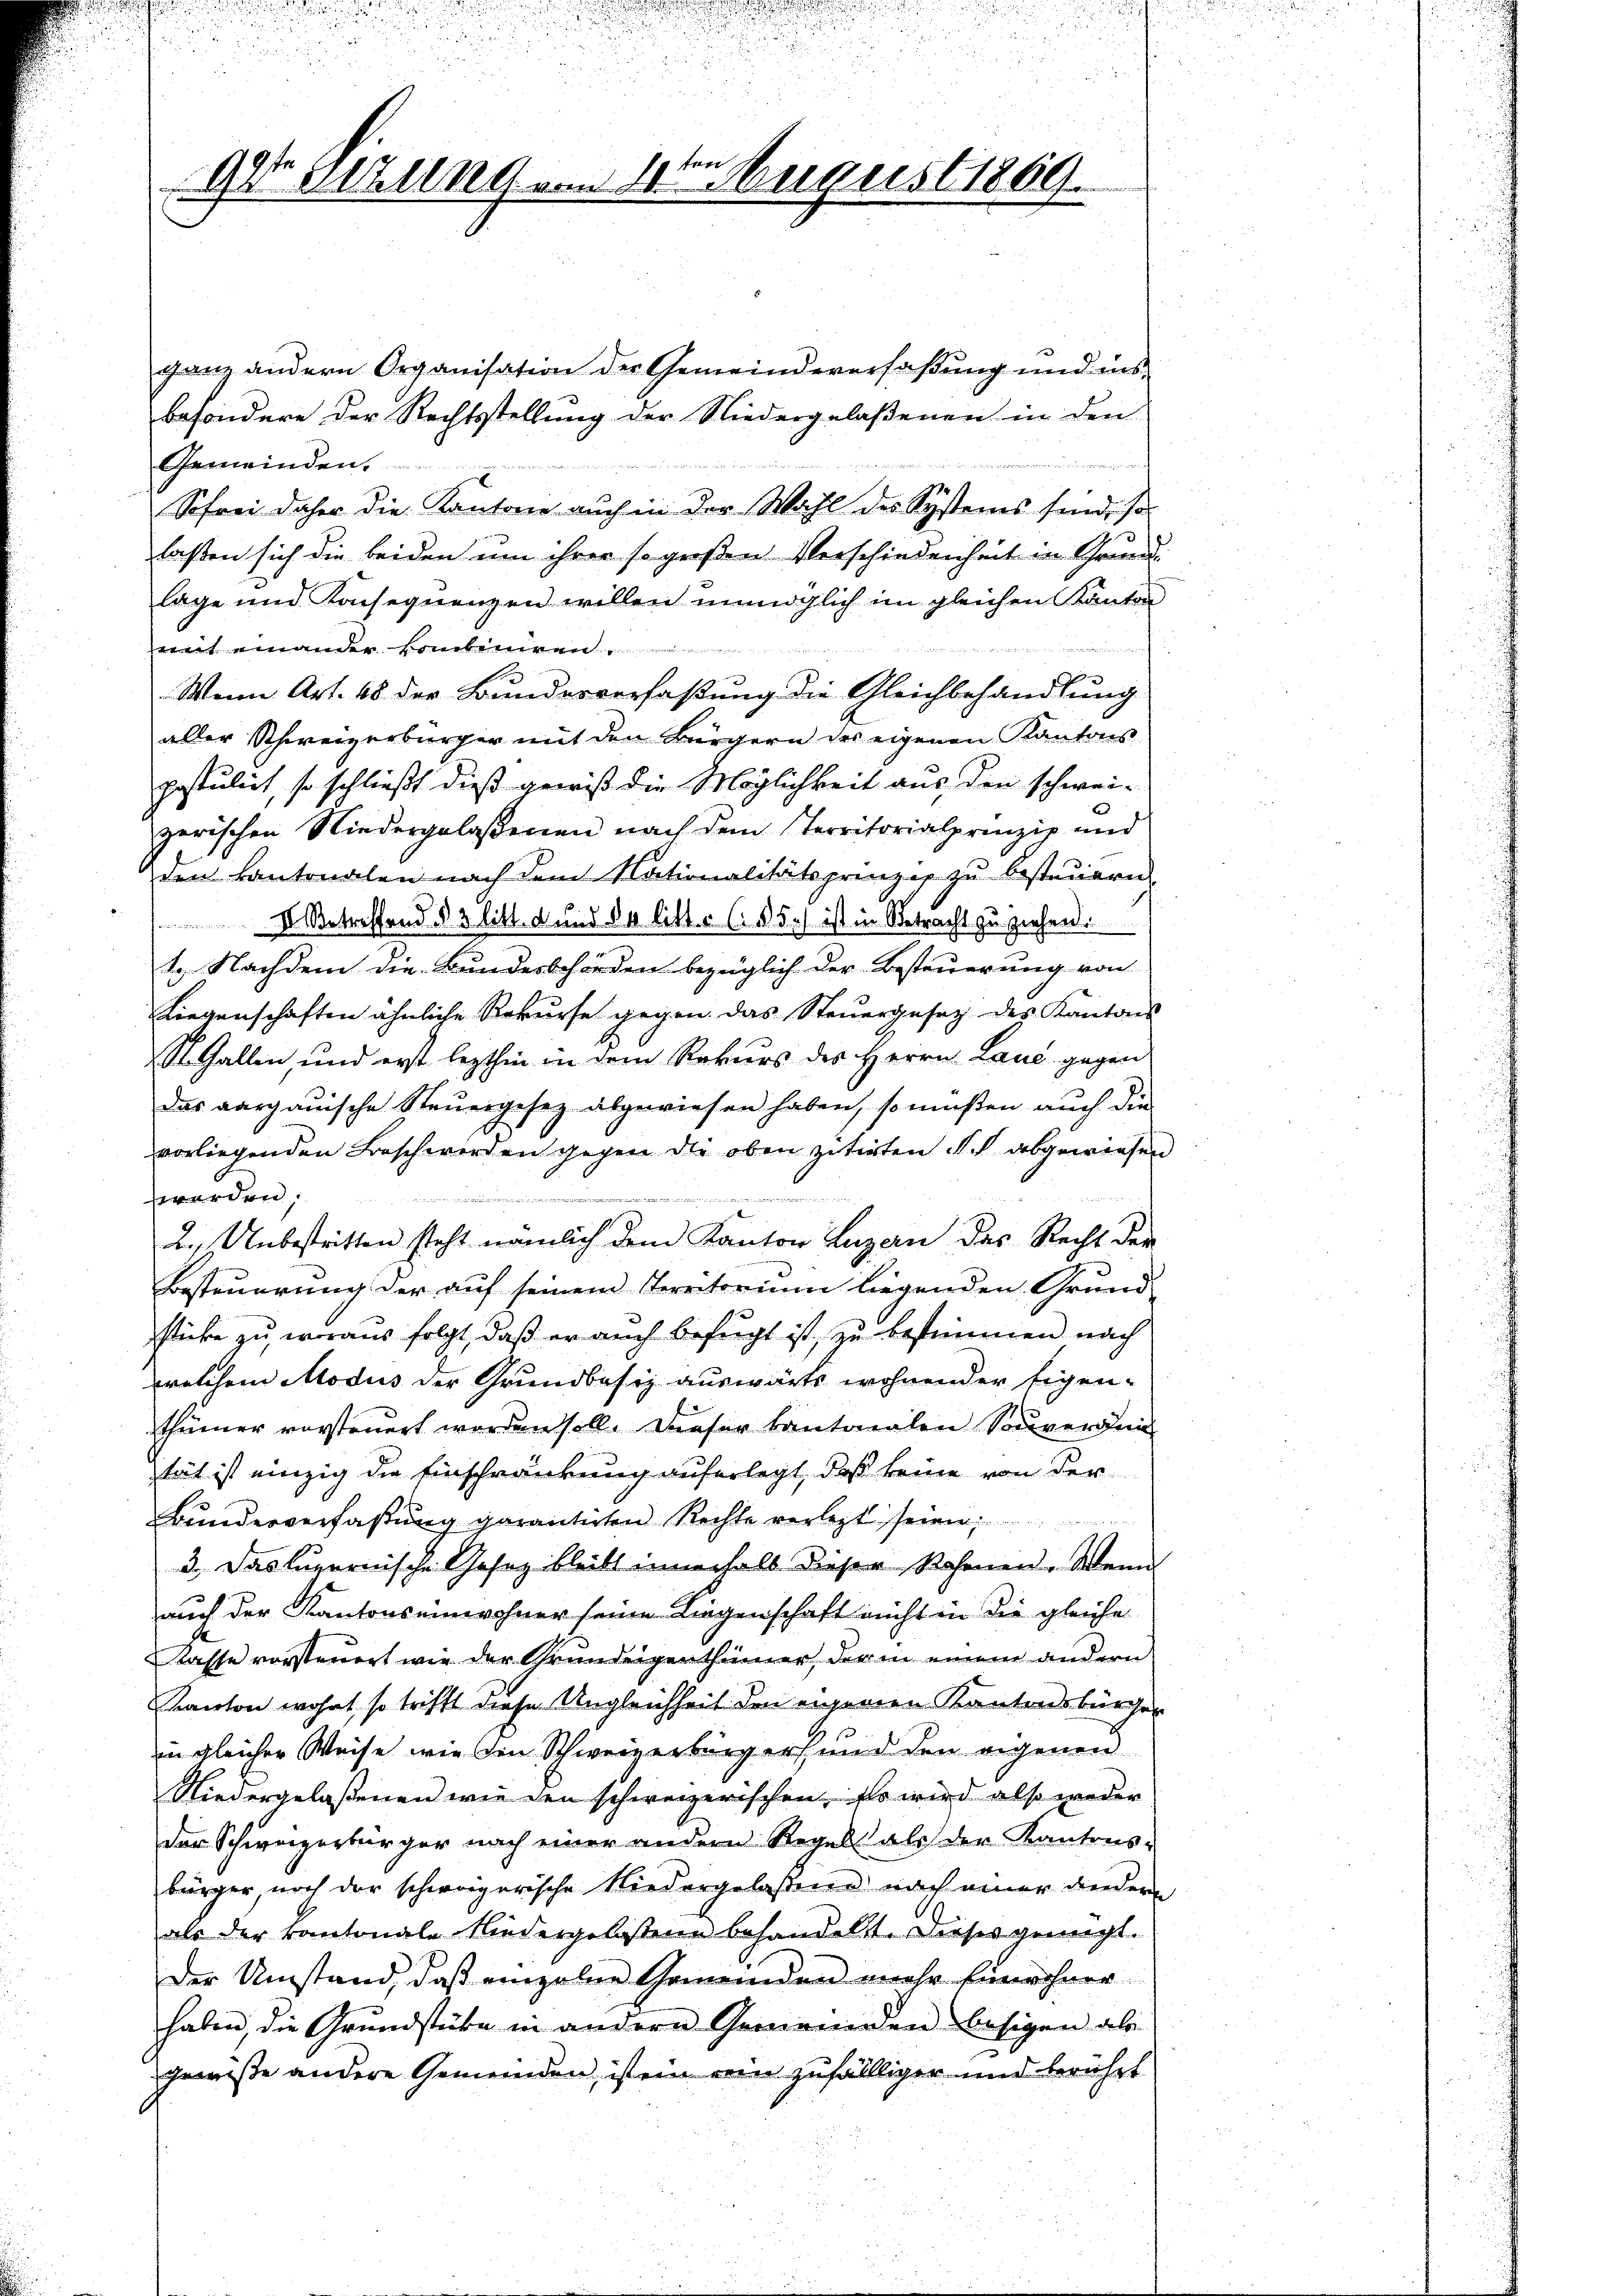
Der Etzung vom 4ten August 1869.

ganz andern Organisation der Gemeindeverfaßung und ins-
besondere der Rechtsstellung der Niedergelaßenen in den
Gemeinden.
Sofrei daher die Kantone auch in der Wahl des Systems sind, so
laßen sich die beiden um ihrer so großen Verschiedenheit in Grund-
lage und Konsequenzen willen unmöglich im gleichen Kanton
d Garten
mit einander komben
Wenn Art. 18 der Bundesverfaßung die Gleichbehandlung
aller Schweizerbürger mit den Bürgern des eigenen Kantons
postulirt, so schließt dieß gewiß die Möglichkeit aus den schwei-
zerischen Niedergelaßenen nach dem Territorialprinzip und
den Kantonalen nach dem Nationalitätsprinzip zŭ besteŭern.
 Betreffend § 3 litt. d und da litt. C. ds. ist in Betracht zu ziehen.
1. Nachdem die Bundesbehörden bezüglich der Besteuerung von
Liegenschaften ähnliche Rekurse gegen. Das Steuergesetz des Kantons
St. Gallen und erst lezthin in dem Rekurs des Herrn Land gegen
Das aargauische Steŭergesez abgewiesen haben, so müßen auch die
vorliegenden Frosch werden gegen die oben zitirten ich abgewiesen
2
werden;
2. Unbestritten steht nämlich dem Kanton Luzern des Recht der
Besteuerung der auf seinem Territorium liegenden Grund-
stücke zu woraus folgt, daß er auch befügt ist, zu bestimmen nach
welchem Modus der Grundbesiz auswärts wohnender Eigenthümer vorsteuert worden soll. Dieser Kantonalen Souverden
stät ist einzig die Einschränkung auferlegt, daß keine von der
Bunderverfaßung garanteten Rechte verlegt seien;
3. Das luzernische Gesez bleibt innerhalb dieser Sohrnen. Wenn
auch der Kantonseinwohner seine Liegenschaft nicht in die gleiche
Kasse vorsteuert wie der Grundeigenthümer, der in einem andern
Kanton wohnt, so trifft diese Ungleichheit den eigenen Kantonsbürger
in gleicher Weise, wie die Schweizerbürgers und den eigenen
Niedergelaßenen wie den schweizerischen. Es wird also weder
der Schweizerbürger nach einer andern Regel als der Kantons-
bürger, noch der schweizerische Niedergelassene nach einer andern
als der Kantonale Niedergelassene behandelt. Dieses genügt.
Der Umstand, daß einzelne Gemeinden mehr Einwohner-
haben, die Grundstücke in andern Gemeinden besigen als
gewiße andere Gemeinden, ist ein ein zufällliger und berührt